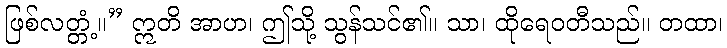
ဖြစ်လတ္တံ့။” ဣတိ အာဟ၊ ဤသို့ သွန်သင်၏။ သာ၊ ထိုရေဝတီသည်။ တထာ၊